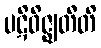
ပဋိဝိဇ္ဈတီတိ